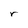
Character: r